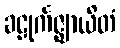
ခဠုင်္ကဇ္ဈာယိတံ